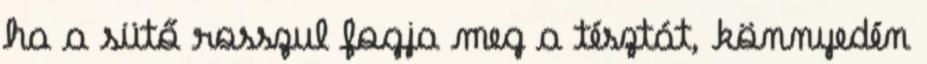
ha a sütő rosszul fogja meg a tésztát, könnyedén